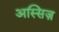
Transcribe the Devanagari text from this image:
अस्सिज़